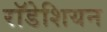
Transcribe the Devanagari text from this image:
राॅडेशियन